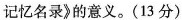
记忆名录》的意义。(13分)